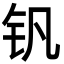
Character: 钒